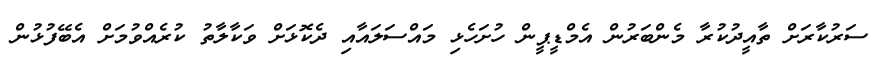
ސަރުކާރަށް ތާއީދުކުރާ މެންބަރުން އެމްޑީޕީން ހުށަހެޅި މައްސަލައާއި ދެކޮޅަށް ވަކާލާތު ކުރެއްވުމަށް އެބޭފުޅުން